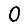
Digit: 0